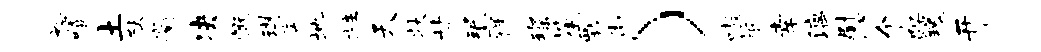
裕嘻土猷衢决慨琪斋地柱天状甘珉痒琛笙瓢街）嗷祗幸漓慰个踞瑰开